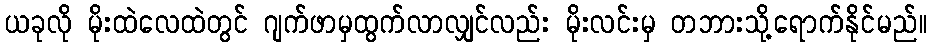
ယခုလို မိုးထဲလေထဲတွင် ဂျက်ဖာမှထွက်လာလျှင်လည်း မိုးလင်းမှ တဘားသို့ရောက်နိုင်မည်။